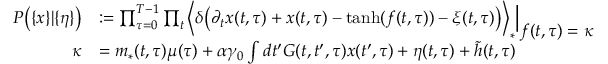
\begin{array} { r l } { P \big ( \{ x \} | \{ \eta \} \big ) } & { : = \prod _ { \tau = 0 } ^ { T - 1 } \prod _ { t } \Big \langle \delta \big ( \partial _ { t } x ( t , \tau ) + x ( t , \tau ) - \mathrm { t a n h } ( f ( t , \tau ) ) - \xi ( t , \tau ) \big ) \Big \rangle _ { * } \Big | _ { \displaystyle f ( t , \tau ) = \kappa } } \\ { \kappa } & { = m _ { * } ( t , \tau ) \mu ( \tau ) + \alpha \gamma _ { 0 } \int d t ^ { \prime } G ( t , t ^ { \prime } , \tau ) x ( t ^ { \prime } , \tau ) + \eta ( t , \tau ) + \tilde { h } ( t , \tau ) } \end{array}